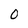
Character: 0